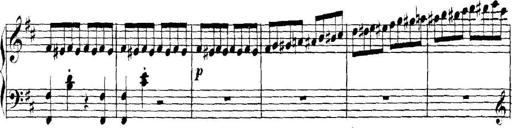
Title: Collected Piano Sonatas
Composer: Muzio Clementi